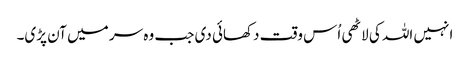
انہیں اللہ کی لاٹھی اُس وقت دکھائی دی جب وہ سر میں آن پڑی۔